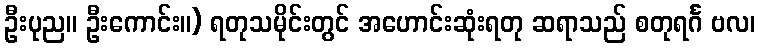
ဦးပုည။ ဦးကောင်း။) ရတုသမိုင်းတွင် အဟောင်းဆုံးရတု ဆရာသည် စတုရင်္ဂ ဗလ၊